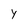
Character: Y